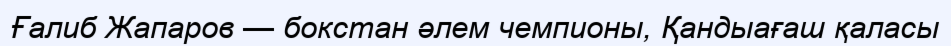
Ғалиб Жапаров — бокстан әлем чемпионы, Қандыағаш қаласы